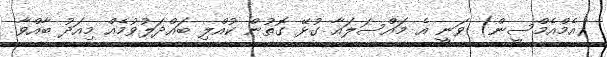
(އެމްއެމްސީން) ވަނީ އެ މައްސަލައާ ގުޅޭ ގޮތުން ކުއްލި ބައްދަލުވުމެއް މިއަދު ބާއްވާ